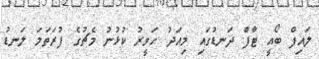
ލައިފް ބޯއީ ޓާފް ދަނޑުގައި މިއަދު ހަވީރު ކުޅުނު މެޗުގެ ފުރަތަމަ ލަނޑު